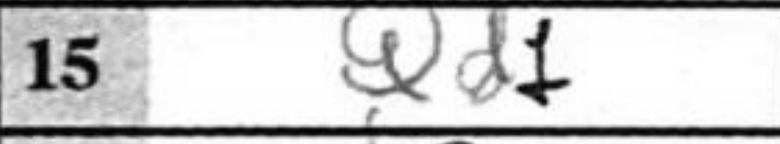
Transcription: Qd+